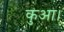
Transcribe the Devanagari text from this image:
कुआ।